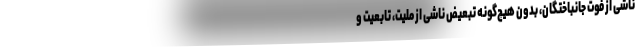
ناشی از فوت جانباختگان، بدون هیچ‌گونه تبعیض ناشی از ملیت، تابعیت و